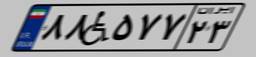
۳۷W۱۷۶۹۲